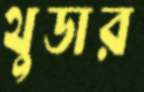
থুডার